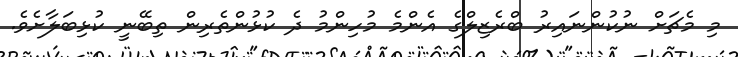
މި މެޗަށް ނުކުންނައިރު ބްރެޒިލްގެ އެންމެ މުހިންމު ދެ ކުޅުންތެރިން ތިބޭނީ ކުޅިބަލާށެވެ.